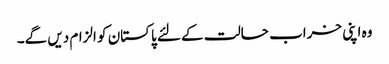
وہ اپنی خراب حالت کے لئے پاکستان کو الزام دیں گے۔